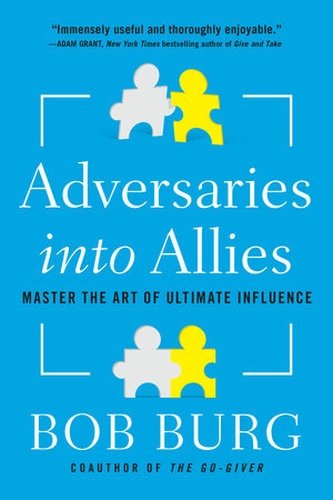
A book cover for Adversaries into Allies: Master the Art of Ultimate Influence; Bob Burg; Self-Help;